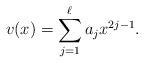
LaTeX: \begin{align*}v(x)=\sum_{j=1}^\ell a_j x^{2j-1}.\end{align*}